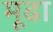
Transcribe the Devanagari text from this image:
मूढा़